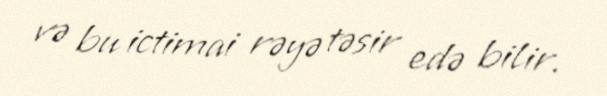
və bu ictimai rəyə təsir edə bilir.